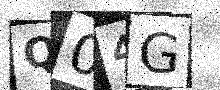
Text: Q04G